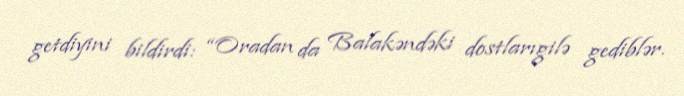
getdiyini bildirdi: “Oradan da Balakəndəki dostlarıgilə gediblər.